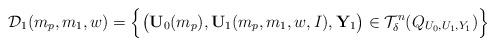
LaTeX: \begin{align*}\mathcal{D}_1(m_p,m_1,w)=\Big\{\big(\mathbf{U}_0(m_p),\mathbf{U}_1(m_p,m_1,w,I),\mathbf{Y}_1\big)\in\mathcal{T}_\delta^{n}(Q_{U_0,U_1,Y_1})\Big\}\end{align*}